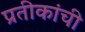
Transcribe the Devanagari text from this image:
प्रतीकांची